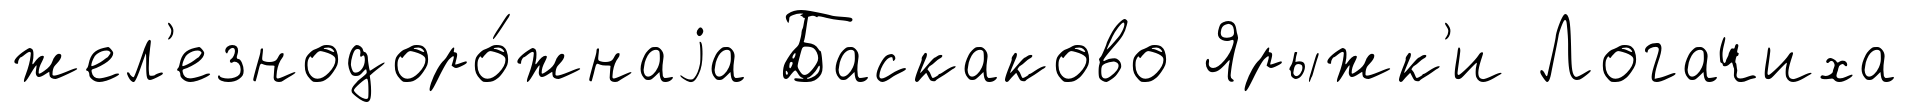
жел'езнодоро́жнаjа Баскаково Ярыжк'и Логачиха